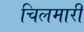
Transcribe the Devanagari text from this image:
चिलमारी